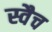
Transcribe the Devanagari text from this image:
स्वैच